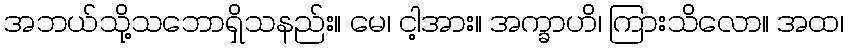
အဘယ်သို့သဘောရှိသနည်း။ မေ၊ ငါ့အား။ အက္ခာဟိ၊ ကြားသိလော။ အထ၊